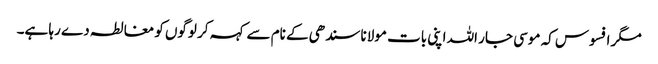
مگر افسوس کہ موسی جار اللہ اپنی بات مولانا سندھی کے نام سے کہہ کر لوگوں کو مغالطہ دے رہا ہے۔